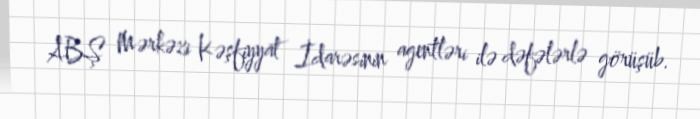
ABŞ Mərkəzi Kəşfiyyat İdarəsinin agentləri ilə dəfələrlə görüşüb.